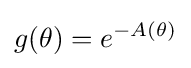
g(\theta )=e^{-A(\theta )}